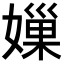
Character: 𡡊